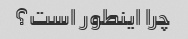
چرا اینطور است؟